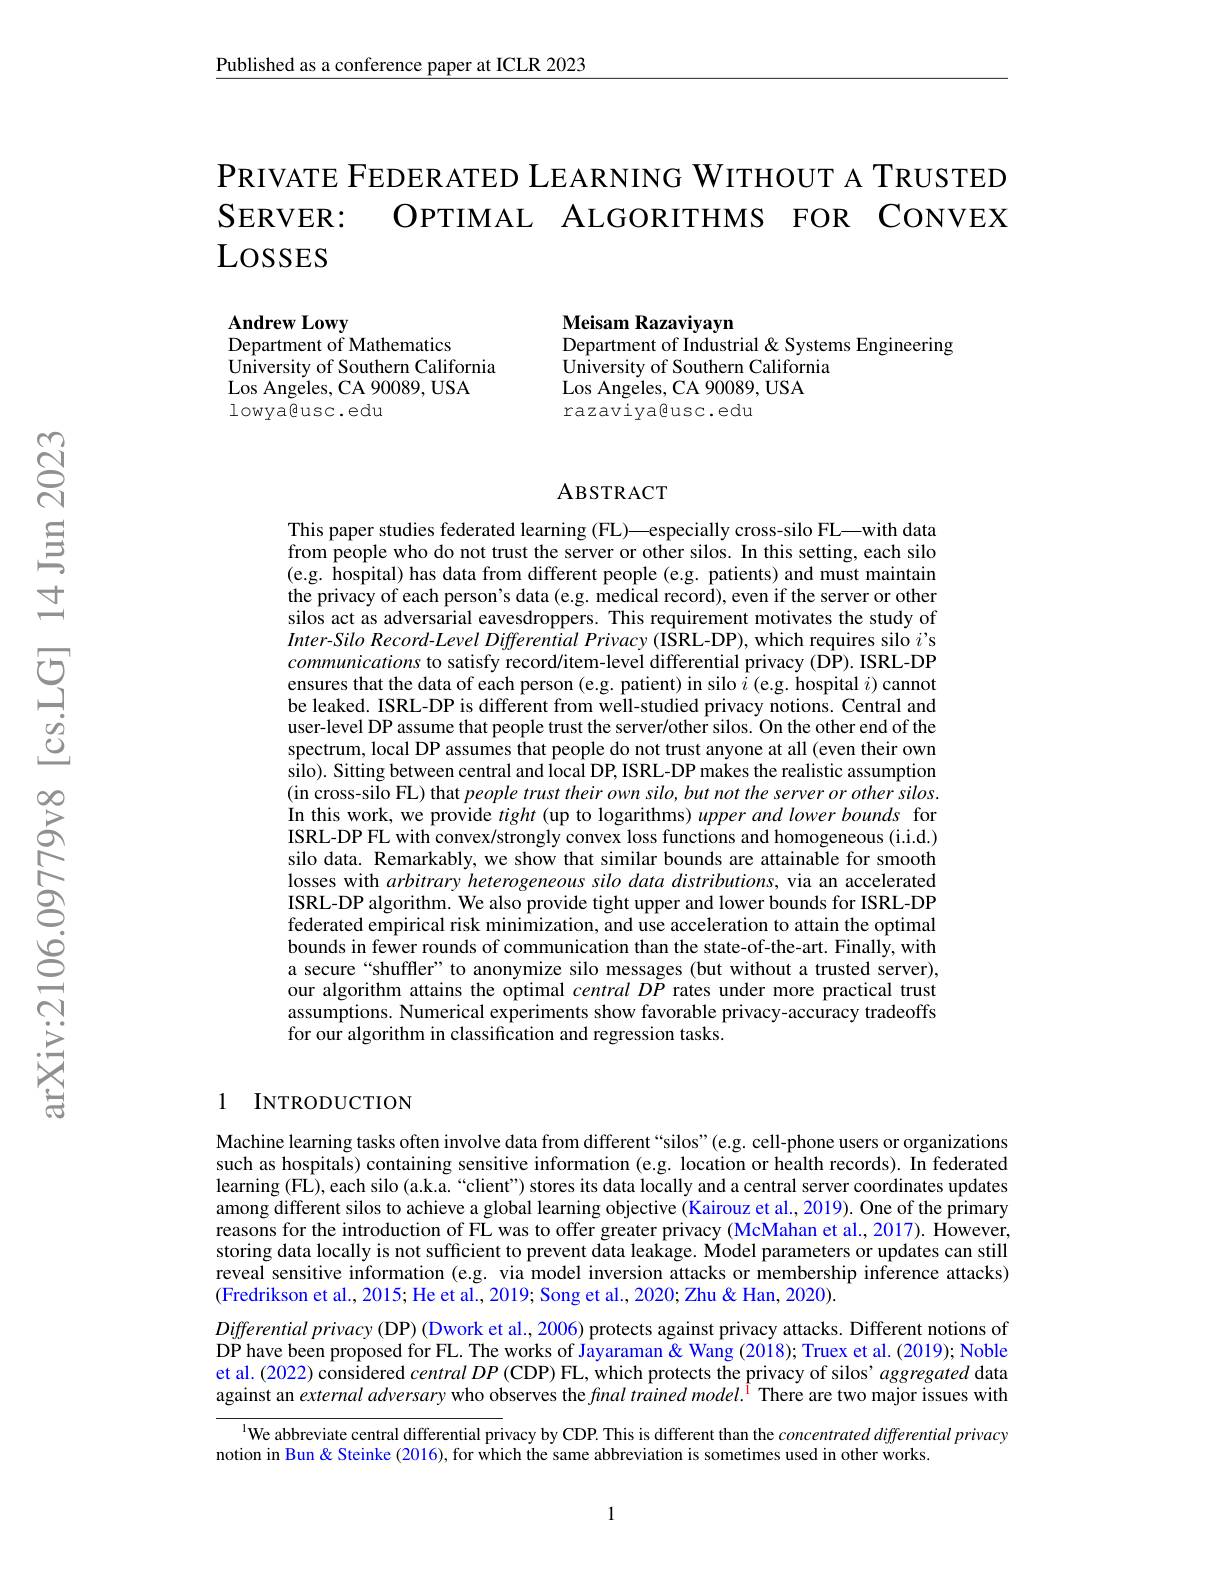
Published as a conference paper at ICLR 2023

$\mathsf{P}$RIVATE FEDERATED LEARNING WITHOUT A TRUSTED SERVER: OPTIMAL ALGORITHMS FOR CONVEX LOSSES

Andrew Lowy
Department of Mathematics
University of Southern California
Los Angeles, CA 90089, USA
$1\circ wya\textcircled{\mathrm{usc.edu}}$

Meisam Razaviyayn
Department of Industrial & Systems Engineering
University of Southern California
Los Angeles, CA 90089, USA
razaviyagusc.edu

### ABSTRACT

This paper studies federated learning (FL)—especially cross-silo FL—with data from people who do not trust the server or other silos. In this setting, each silo (e.g. hospital) has data from different people (e.g. patients) and must maintain the privacy of each person's data (e.g. medical record), even if the server or other silos act as adversarial eavesdroppers. This requirement motivates the study of $Inter-Silo$ Record-Level Differential Privacy (ISRL-DP), which requires silo $i’$s communications to satisfy record/item-level differential privacy (DP). ISRL-DP ensures that the data of each person (e.g. patient) in silo $i$ (e.g. hospital $i)$ cannot be leaked. ISRL-DP is different from well-studied privacy notions. Central and user-level DP assume that people trust the server/other silos. On the other end of the spectrum, local DP assumes that people do not trust anyone at all (even their own silo). Sitting between central and local DP, ISRL-DP makes the realistic assumption (in cross-silo FL) that people trust their own silo, but not the server or other silos. In this work, we provide tight (up to logarithms) upper and lower bounds for ISRL-DP FL with convex/strongly convex loss functions and homogeneous (i.i.d.) silo data. Remarkably, we show that similar bounds are attainable for smooth losses with arbitrary heterogeneous silo data distributions, via an accelerated ISRL-DP algorithm. We also provide tight upper and lower bounds for ISRL-DP federated empirical risk minimization, and use acceleration to attain the optimal bounds in fewer rounds of communication than the state-of-the-art. Finally, with a secure “shuffler”to anonymize silo messages (but without a trusted server), our algorithm attains the optimal central DP rates under more practical trust assumptions. Numerical experiments show favorable privacy-accuracy tradeoffs for our algorithm in classification and regression tasks.

### 1 INTRODUCTION

Machine learning tasks often involve data from different “silos”(e.g. cell-phone users or organizations such as hospitals) containing sensitive information (e.g. location or health records). In federated learning (FL), each silo (a.k.a. “client”) stores its data locally and a central server coordinates updates among different silos to achieve a global learning objective (Kairouz et al., 2019). One of the primary reasons for the introduction of FL was to offer greater privacy (McMahan et al., 2017). However, storing data locally is not sufficient to prevent data leakage. Model parameters or updates can still reveal sensitive information (e.g. via model inversion attacks or membership inference attacks) (Fredrikson et al., 2015; He et al., 2019; Song et al., 2020; Zhu & 2020).
$Differentialprivacy(DP)$ (Dwork et al., 2006) protects against privacy attacks. Different notions of DP have been proposed for FL. The works of Jayaraman & Wang (2018); Truex et al. (2019); Noble et al. (2022) considered central $DP\left(\mathrm{CDP}\right)$FL, which protects the privacy of silos' aggregated data against an external adversary who observes the final trained model.$^{\mathrm{i}}$ There are two major issues with
$^{\text{l}}$We abbreviate central differential privacy by CDP. This is different than the concentrated differential privacy

notion in Bun & Steinke (2016), for which the same abbreviation is sometimes used in other works.

1